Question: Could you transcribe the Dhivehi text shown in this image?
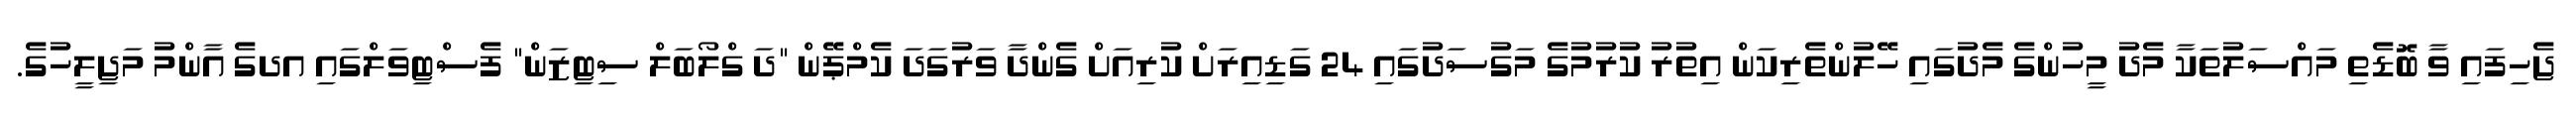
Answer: ޖެހިފައި ވާ ބޮޑެތި މައްސަލުތަކާ މެދު މީހުންގެ މެދުގައި ހޭލުންތެރިކަން އިތުރު ކުރުމުގެ މަގުސަދުގައި 24 ގަޑިއިރަށް ކުރިއަށް ގެންދާ ވަރުގަދަ ކެމްޕޭން "ދަ ގްލޯބަލް ސިޓިޒަން" ފެސްޓިވަލްގައި އދގެ އާންމު މަޖިލީހުގެ.